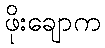
ဖိုးချောက